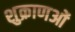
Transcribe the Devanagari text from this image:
शुक्राणओं